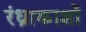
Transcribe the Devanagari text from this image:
रंध्राकाशों